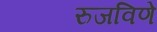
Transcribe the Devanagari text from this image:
रुजविणे